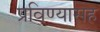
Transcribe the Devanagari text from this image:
प्रविण्यासह